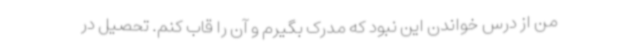
من از درس خواندن این نبود که مدرک بگیرم و آن را قاب کنم. تحصیل در